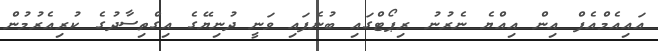
އައިއެމްއެފް އިން އިއްޔެ ނެރުނު ރިޕޯޓްގައި ބުނެފައި ވަނީ ދުނިޔޭގެ އިގްތިސާދުގެ ކުރިއެރުމުން